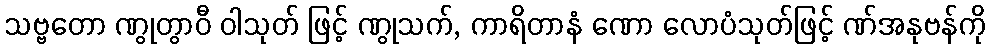
သဗ္ဗတော ဏွုတွာဝီ ဝါသုတ် ဖြင့် ဏွုသက်, ကာရိတာနံ ဏော လောပံသုတ်ဖြင့် ဏ်အနုဗန်ကို